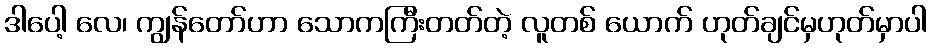
ဒါပေါ့ လေ၊ ကျွန်တော်ဟာ သောကကြီးတတ်တဲ့ လူတစ် ယောက် ဟုတ်ချင်မှဟုတ်မှာပါ